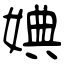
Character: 婰